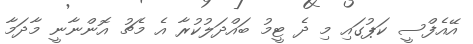
އޭއެފްސީ ކަޕުގައި މި ދެ ޓީމު ބައްދަލުކުރާ އެ މެޗު އޮންނާނީ މާދަމާ